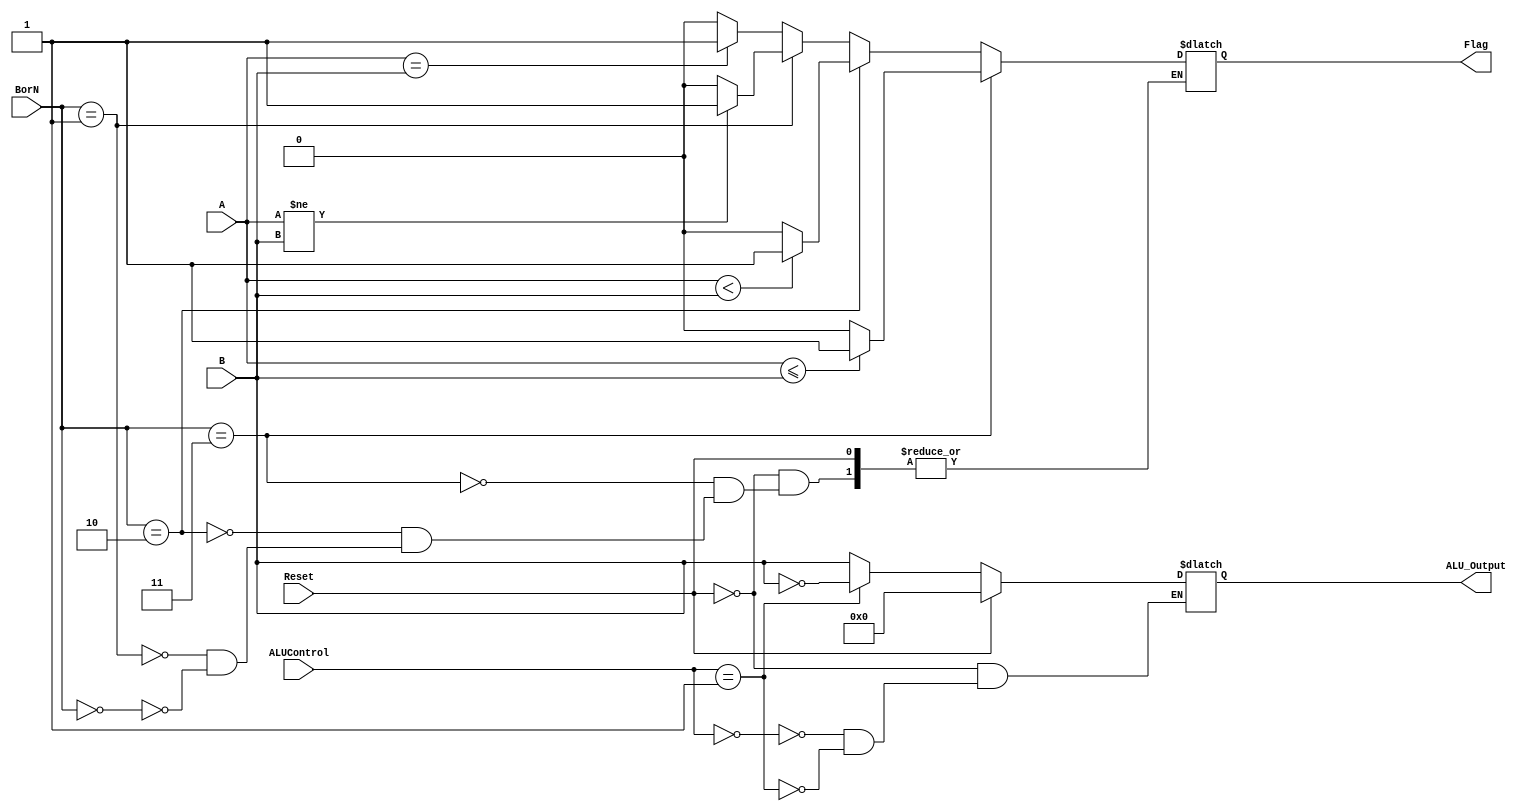
`timescale 1ns / 1ps

module ALU(A,B,ALUControl,Reset,BorN,Flag,ALU_Output);
input [31:0] A,B;
input [2:0] ALUControl;
input [1:0] BorN;
input Reset;
output reg Flag;
output reg [31:0] ALU_Output;
reg [31:0] SLT;

always @ (*)
begin
	if(Reset == 1)
		ALU_Output <= 32'b0;

	else
	begin	
		if(A >= B)
			SLT = 32'b1;
		else
			SLT = 32'b0;
			

		if(BorN == 2'b00)//BEQ
		begin if(A == B)
					Flag <= 1'b1;
			else
				Flag <= 1'b0; end
		
		if(BorN == 2'b01)//BNQ
		begin if(A != B)
					Flag <= 1'b1;					
			else
				Flag <= 1'b0; end
		
		if(BorN == 2'b10)begin //Branch if less than (BLT)
			if(A < B)
					Flag <= 1'b1;					
			else
				Flag <= 1'b0;end
		
		if(BorN == 2'b11)begin//Branch on Less than or Equal(BLE)
			if(A <= B)
					Flag <= 1'b1;
			else
				Flag <= 1'b0;end
        
		case (ALUControl)
			000: ALU_Output <= B; //MOV
			001: ALU_Output <= ~B;//NOT
			010: ALU_Output <= B + A;//ADD
			011: ALU_Output <= B - A;//SUB
			100: ALU_Output <= (A | B);//OR
			101: ALU_Output <= (A & B);//AND
			110: ALU_Output <= A ^ B;//XOR
			111: ALU_Output <= SLT;//Shift Left
		endcase
	end
end
endmodule